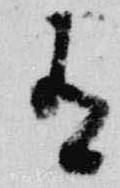
有